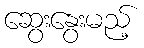
ဆွေးနွေးမည့်